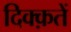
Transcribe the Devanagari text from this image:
दिक्क़तें